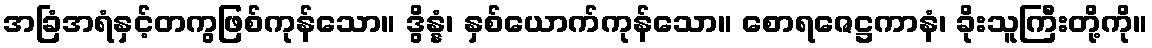
အခြံအရံနှင့်တကွဖြစ်ကုန်သော။ ဒွိန္နံ၊ နှစ်ယောက်ကုန်သော။ စောရဇေဋ္ဌကာနံ၊ ခိုးသူကြီးတို့ကို။